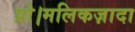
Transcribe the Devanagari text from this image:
प्रो।मलिकज़ादा